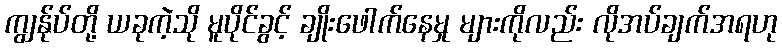
ကျွန်ုပ်တို့ ယခုကဲ့သို မူပိုင်ခွင့် ချိုးဖေါက်နေမှု များကိုလည်း လိုအပ်ချက်အရဟု